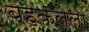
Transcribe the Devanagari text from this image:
बहकलेला